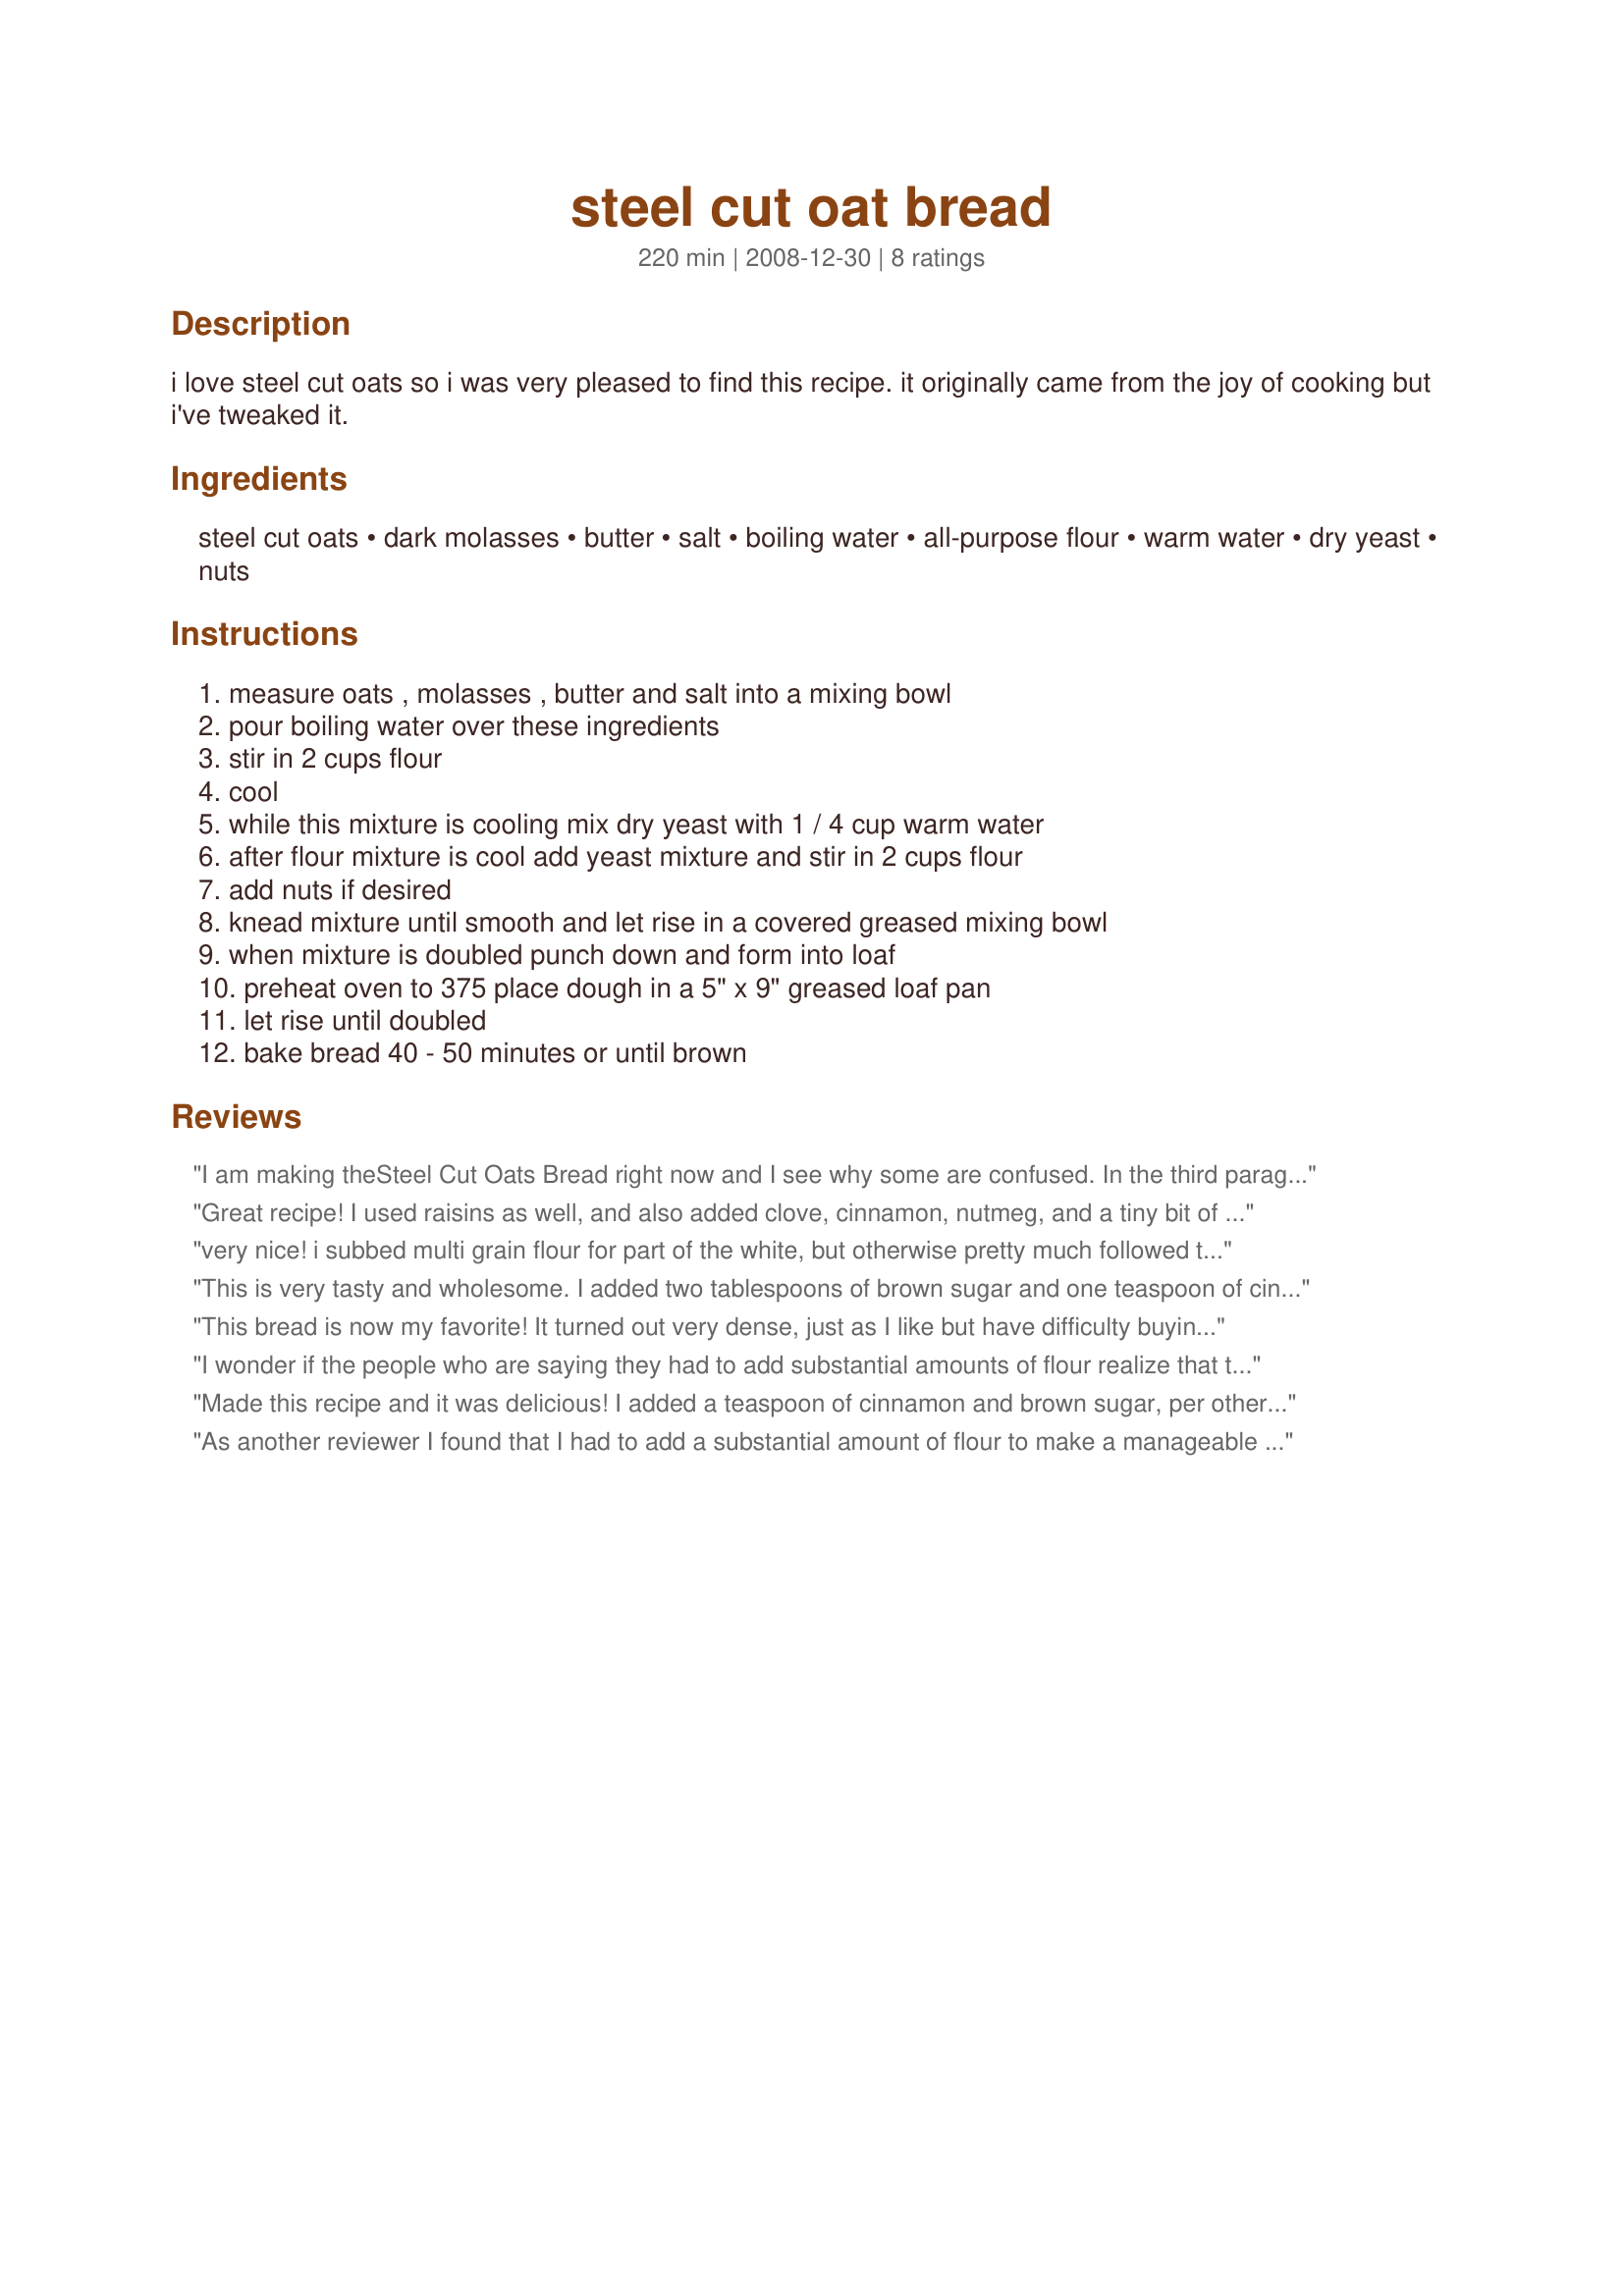
steel cut oat bread
Preparation time: 220 minutes

i love steel cut oats so i was very pleased to find this recipe. it originally came from the joy of cooking but i've tweaked it.

Ingredients:
steel cut oats, dark molasses, butter, salt, boiling water, all-purpose flour, warm water, dry yeast, nuts

Steps:
measure oats , molasses , butter and salt into a mixing bowl, pour boiling water over these ingredients, stir in 2 cups flour, cool, while this mixture is cooling mix dry yeast with 1 / 4 cup warm water, after flour mixture is cool add yeast mixture and stir in 2 cups flour, add nuts if desired, knead mixture until smooth and let rise in a covered greased mixing bowl, when mixture is doubled punch down and form into loaf, preheat oven to 375 place dough in a 5" x 9" greased loaf pan, let rise until doubled, bake bread 40 - 50 minutes or until brown

Reviews:
I am making theSteel Cut Oats Bread right now and I see why some are confused. In the third paragraph of Directions, it reads &quot;When the flour mixture is cool&quot;, but should say &quot;When the Steel Cut oats mixture is cool&quot;... I understood, but some may need this correction. I am going to add chopped dates, and for certain nuts. I know it will be delicious! Thnak you for another way to use Steel Cut Oats. Joyce
Great recipe! I used raisins as well, and also added clove, cinnamon, nutmeg, and a tiny bit of brown sugar. The recipe says it serves 8 - but I'd say more like 12-15 unless they're very large servings. Going to try to make French toast with it in the morning!
very nice! i subbed multi grain flour for part of the white, but otherwise pretty much followed the recipe, omitting the optional nuts. i made rolls rather than bread, and this recipe yielded 12 HUGE rolls! i still have some in the freezer, and am thinking they may make good burger buns.
This is very tasty and wholesome. I added two tablespoons of brown sugar and one teaspoon of cinnamon. The one mistake I made was in not allowing the oatmeal/hot water mixture to cool adequately. This made kneading the dough quite challenging.
This bread is now my favorite! It turned out very dense, just as I like but have difficulty buying, even at bread stores. I followed the recipe except I used 1 cup King Arthur 100% whole grain whole wheat flour and 1 cup unbleached bread flour, and added 1 teaspoon cinnamon, 1 teaspoon brown sugar, 1 cup raisins and 1 cup chopped toasted walnuts (based on prior reviewer suggestion). The dough was somewhat sticky but manageable without adding extra flour. I kneaded it on the counter, gave it extra time to rise and formed one heavy loaf. I'm going to make it again using dried cherries instead of raisins, and then will try dried dates and then dried apples. Thank you for this recipe!
I wonder if the people who are saying they had to add substantial amounts of flour realize that there are 4 cups of flour in this recipe. I mean sure, if you follow the recipe it seems easy enough ... but I had to read the recipe several times to catch it. - I can’t be the only one! 4 cups of flour was all I needed. Bread turned out great.
Made this recipe and it was delicious! I added a teaspoon of cinnamon and brown sugar, per other reviewer. The only thing I found was that the dough was quite sticky and had to add a significant amt of additional flour to make it smooth and elastic. I will definitely make this again!
As another reviewer I found that I had to add a substantial amount of flour to make a manageable dough. I think that&#039;s the reason why the taste is a little light on the salt. Next time, I will use a full teaspoon of salt or even more. The flavor of molasses is not overwhelming which is good. I actually let the dough rise for a full two hours on the first rise which worked out great. I got two loaves from this recipe. Some of the oats on top got a little bit crunchy but the rest of the bread is nice and soft with a little bit of bite from the oats. I am curious how well this will freeze. All in all a very nice recipe.
